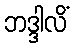
ဘဒ္ဒါလိံ